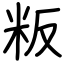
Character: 粄